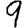
Digit: 9